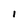
Character: l